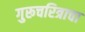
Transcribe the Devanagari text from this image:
गुरूचरित्राचा